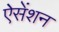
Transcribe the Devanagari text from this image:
ऐसेंशन